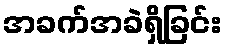
အခက်အခဲရှိခြင်း